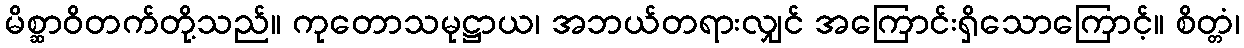
မိစ္ဆာဝိတက်တို့သည်။ ကုတောသမုဋ္ဌာယ၊ အဘယ်တရားလျှင် အကြောင်းရှိသောကြောင့်။ စိတ္တံ၊